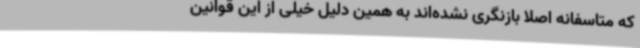
که متاسفانه اصلا بازنگری نشده‌اند به همین دلیل خیلی از این قوانین